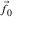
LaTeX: \scriptstyle { \vec { f } } _ { 0 }